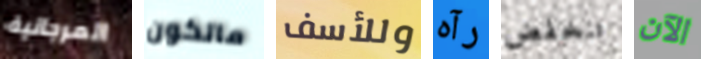
المرجانية ماتكون وللأسف رآه تنخفض الآن